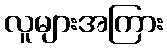
လူများအကြား